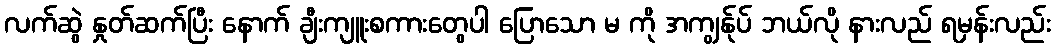
လက်ဆွဲ နှုတ်ဆက်ပြီး နောက် ချီးကျူးစကားတွေပါ ပြောသော မ ကို အကျွန်ုပ် ဘယ်လို နားလည် ရမှန်းလည်း